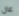
عال